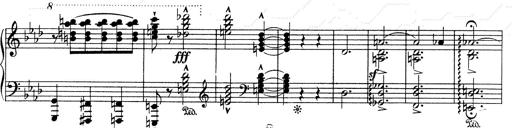
Title: Weinen, Klagen, Sorgen, Zagen
Composer: Franz Liszt